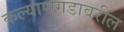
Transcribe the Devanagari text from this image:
कल्याणगडावरील